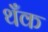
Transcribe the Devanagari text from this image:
थँक